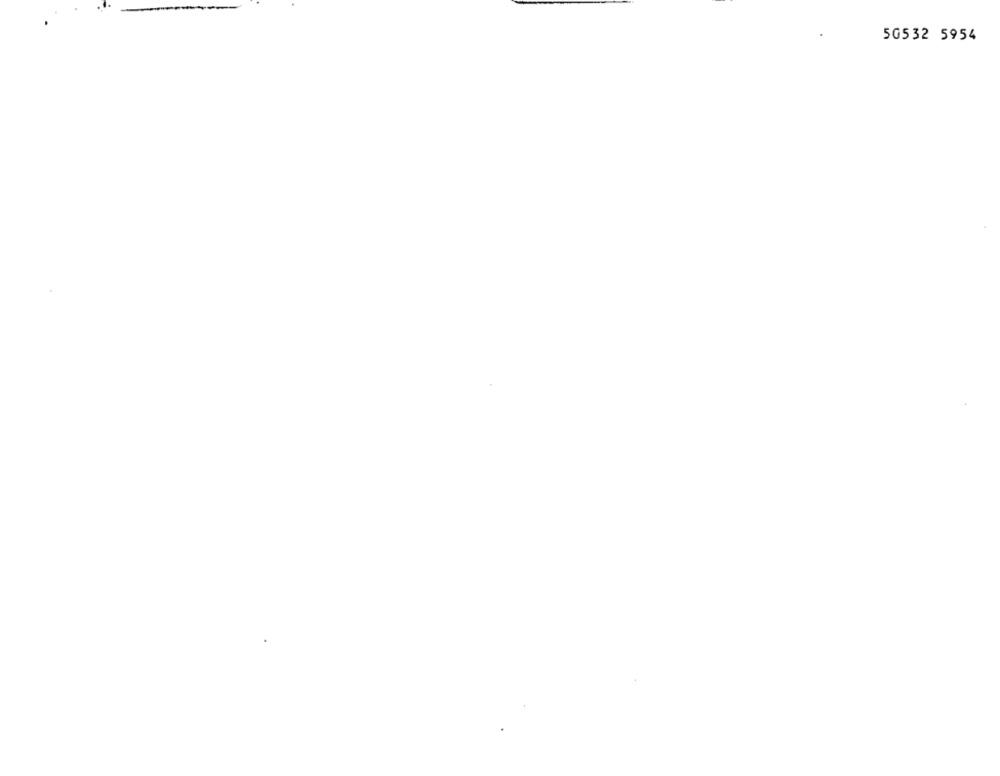
50532 5954